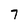
Character: 7